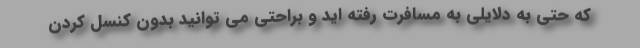
که حتی به دلایلی به مسافرت رفته اید و براحتی می توانید بدون کنسل کردن